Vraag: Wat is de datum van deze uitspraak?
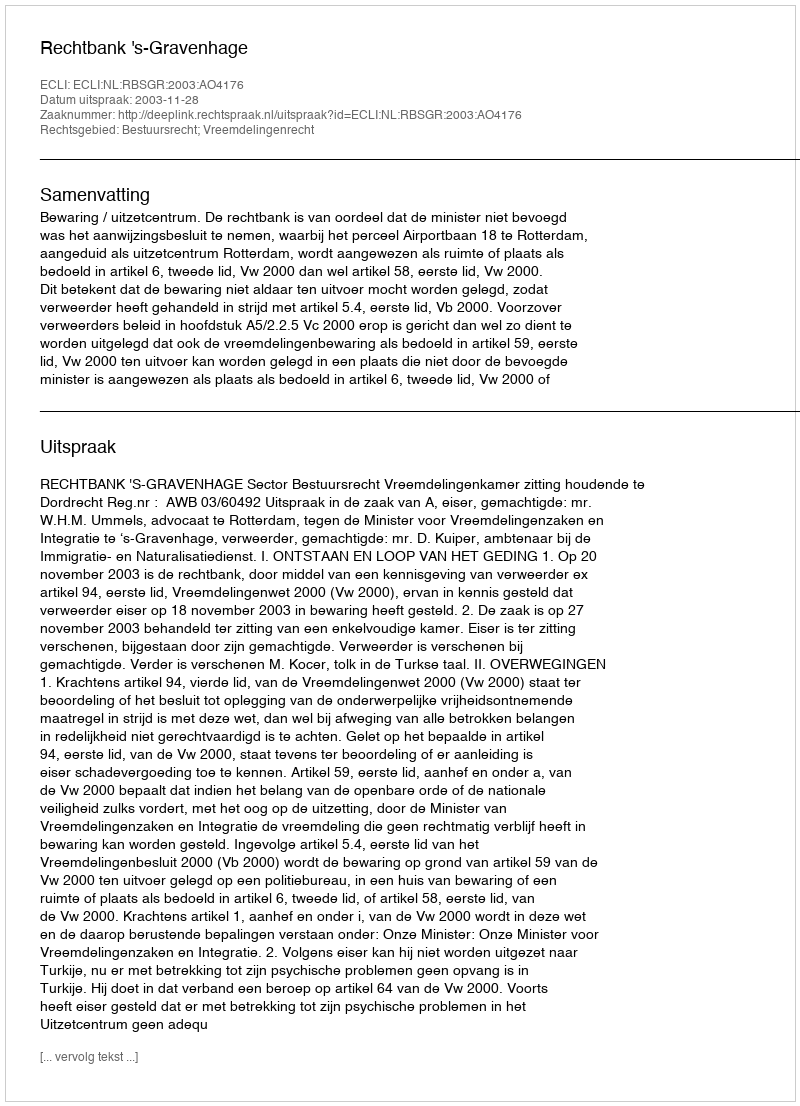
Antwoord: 2003-11-28